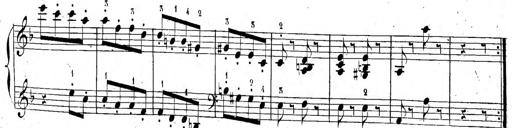
Title: 6 Sonatinen, Op.95
Composer: Ferdinand Hiller
Key: Various